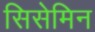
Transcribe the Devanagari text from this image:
सिसेमिन